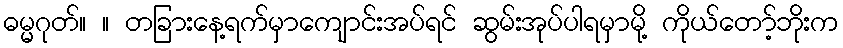
ဓမ္မဂုတ်။ ။ တခြားနေ့ရက်မှာကျောင်းအပ်ရင် ဆွမ်းအုပ်ပါရမှာမို့ ကိုယ်တော့်ဘိုးက